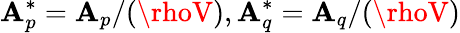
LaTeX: \mathbf{A}_{p}^{*}=\mathbf{A}_{p}/(\rhoV),\mathbf{A}_{q}^{*}=\mathbf{A}_{q}/(\rhoV)